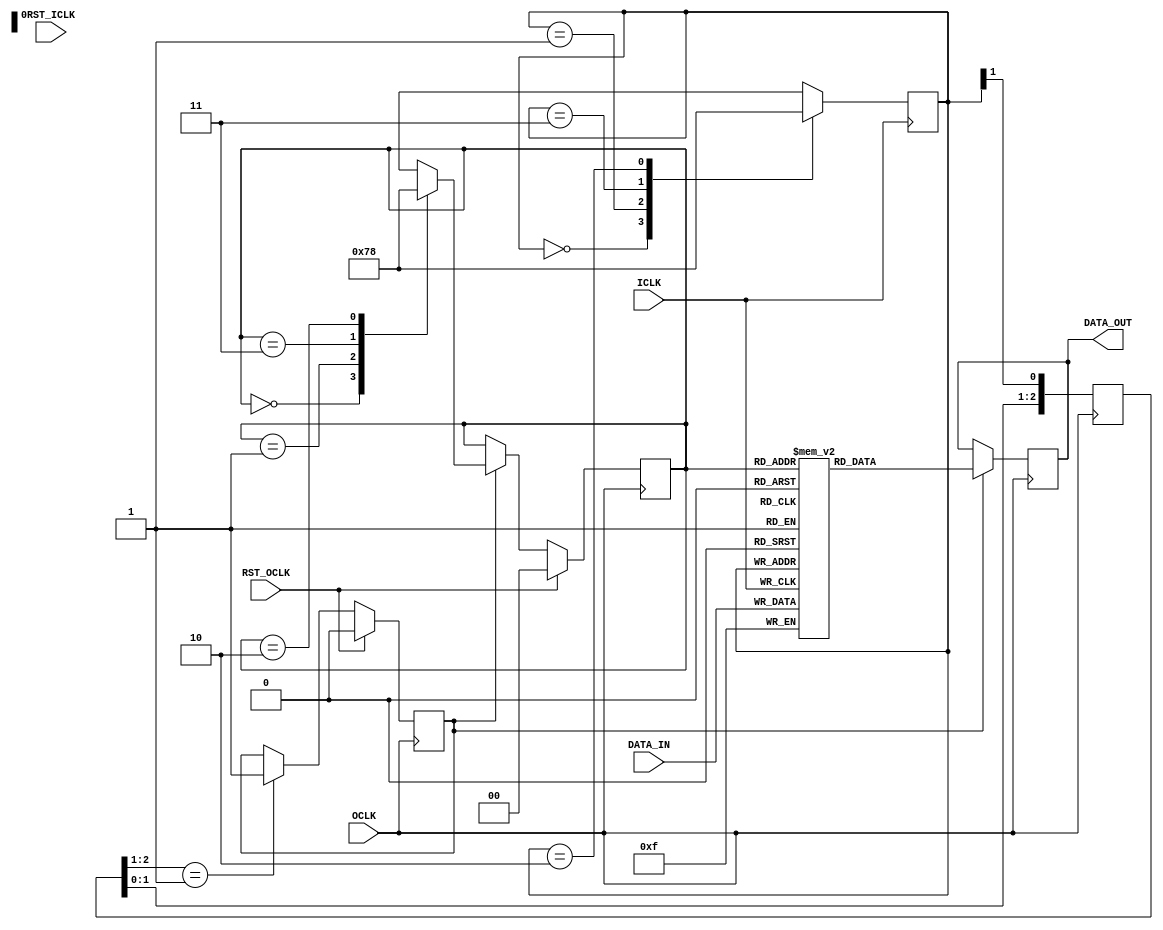
module RITC_simple_fifo(
			DATA_IN,
			ICLK,
			DATA_OUT,
			OCLK,
			RST_OCLK,
			RST_ICLK
    );

	parameter WIDTH = 4;
	input [WIDTH-1:0] DATA_IN;
	input ICLK;
	output [WIDTH-1:0] DATA_OUT;
	input OCLK;
	input RST_OCLK;
	input RST_ICLK;
	
	reg [1:0] simple_fifo_ptr = {2{1'b0}};
	reg [1:0] simple_fifo_ptr_CLK = {2{1'b0}};
	reg [WIDTH-1:0] simple_fifo[3:0];
	reg [WIDTH-1:0] simple_fifo_output_CLK = {WIDTH{1'b0}};
	reg [2:0] read_flag_CLK = 0;
	reg begin_read = 0;
	
	integer i;
	initial begin
		for (i=0;i<4;i=i+1) begin
			simple_fifo[i] <= {4{1'b0}};
		end
	end
	always @(posedge ICLK) begin
		case(simple_fifo_ptr)
			2'b00: simple_fifo_ptr <= 2'b01;
			2'b01: simple_fifo_ptr <= 2'b11;
			2'b11: simple_fifo_ptr <= 2'b10;
			2'b10: simple_fifo_ptr <= 2'b00;
		endcase
	end
	always @(posedge ICLK)
		simple_fifo[simple_fifo_ptr] <= DATA_IN;

	always @(posedge OCLK) begin
		if (RST_OCLK) simple_fifo_ptr_CLK <= {2{1'b00}};
		else begin
			if (begin_read) begin
				case(simple_fifo_ptr_CLK)
					2'b00: simple_fifo_ptr_CLK <= 2'b01;
					2'b01: simple_fifo_ptr_CLK <= 2'b11;
					2'b11: simple_fifo_ptr_CLK <= 2'b10;
					2'b10: simple_fifo_ptr_CLK <= 2'b00;
				endcase
			end
		end
	end
	always @(posedge OCLK) begin
		read_flag_CLK <= {read_flag_CLK[1:0],simple_fifo_ptr[1]};
	end
	always @(posedge OCLK) begin
		if (RST_OCLK) begin_read <= 0;
		else if (read_flag_CLK[2:1] == 2'b01) begin_read <= 1;
	end
	always @(posedge OCLK) begin
		if (begin_read)
			simple_fifo_output_CLK <= simple_fifo[simple_fifo_ptr_CLK];
	end
	assign DATA_OUT = simple_fifo_output_CLK;
endmodule